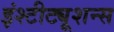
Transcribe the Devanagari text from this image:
इंश्टीट्यूशन्स